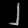
Digit: ၂